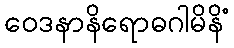
ဝေဒနာနိရောဓဂါမိနိံ